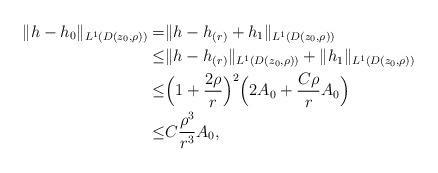
LaTeX: \begin{align*}\|h-h_0\|_{L^1(D(z_0,\rho))}=&\|h-h_{(r)}+h_1\|_{L^1(D(z_0,\rho))}\\\leq&\|h-h_{(r)}\|_{L^1(D(z_0,\rho))}+\|h_1\|_{L^1(D(z_0,\rho))}\\\leq&\Big(1+\frac{2\rho}{r}\Big)^2\Big(2A_0+\frac{C\rho}{r}A_0\Big)\\\leq& C\frac{\rho^3}{r^3}A_0,\end{align*}